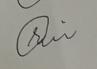
Signature authenticity: genuine